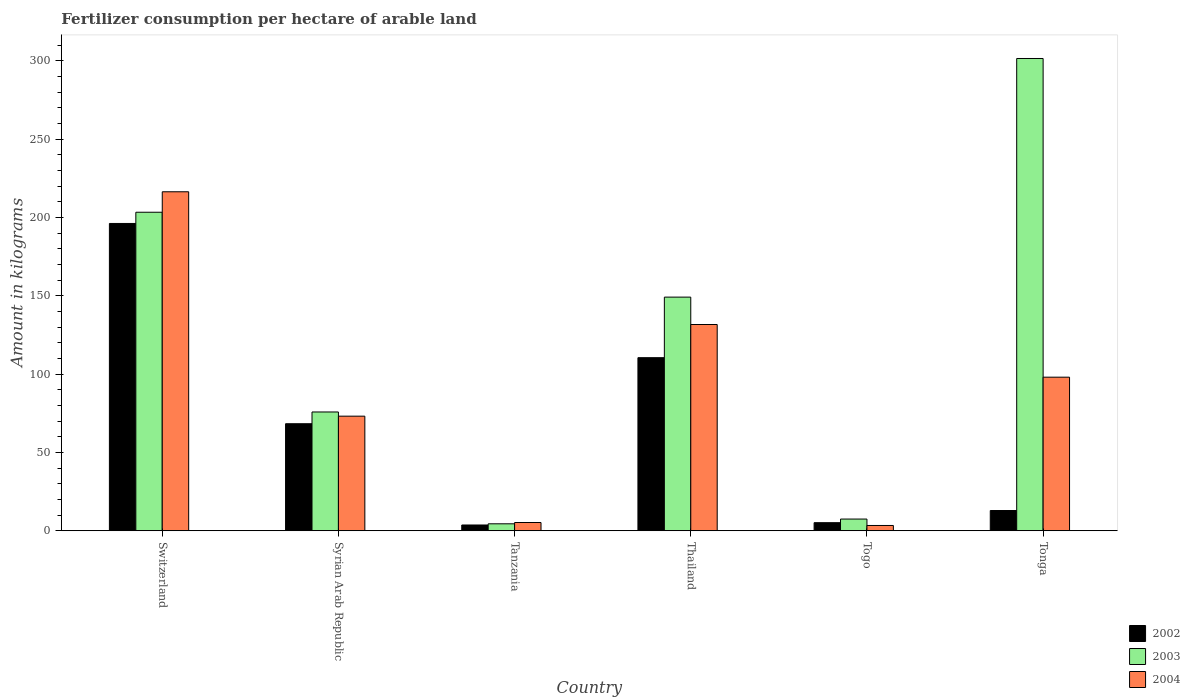
| Country | 2002 | 2003 | 2004 |
 | --- | --- | --- | --- |
 | Switzerland | 196 | 203 | 216 |
 | Syrian Arab Republic | 68.4 | 75.8 | 73.2 |
 | Tanzania | 3.7 | 4.46 | 5.29 |
 | Thailand | 111 | 149 | 132 |
 | Togo | 5.17 | 7.49 | 3.39 |
 | Tonga | 12.9 | 302 | 98.1 |